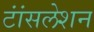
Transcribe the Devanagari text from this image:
टांंसलेशन